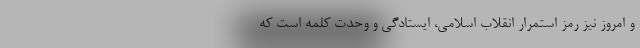
و امروز نیز رمز استمرار انقلاب اسلامی، ایستادگی و وحدت کلمه است که